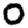
Digit: 0